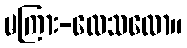
မကြား-လေသလော။